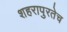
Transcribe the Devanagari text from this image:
शहरापुरतेच